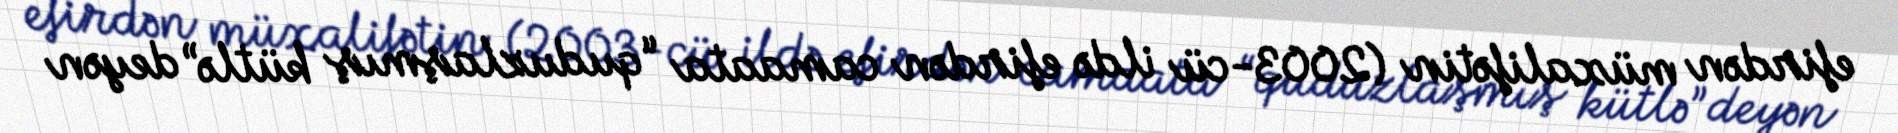
efirdən müxalifətin (2003-cü ildə efirdən camaata “quduzlaşmış kütlə” deyən